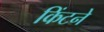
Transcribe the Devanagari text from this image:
किंटने